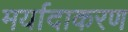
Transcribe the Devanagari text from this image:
मर्यादाकरण